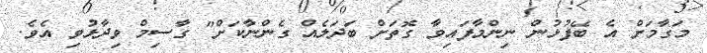
މަގާމަށް އެ ބޭފުޅުން ނިންމާފައިވާ ގޮތަށް ބަދަލެއް ގެންނާކަށް" ގާސިމް ވިދާޅުވި އެވެ.